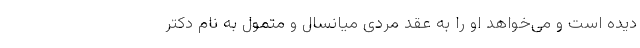
دیده است و می‌خواهد او را به عقد مردی میانسال و متمول به نام دکتر